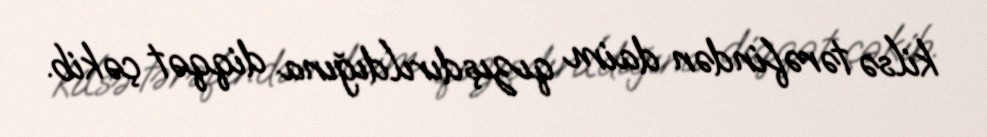
kilsə tərəfindən daim qızışdırıldığına diqqət çəkib.